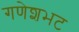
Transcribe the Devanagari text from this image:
गणेशभट